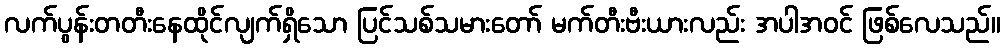
လက်ပွန်းတတီးနေထိုင်လျက်ရှိသော ပြင်သစ်သမားတော် မက်တီးဗီးယားလည်း အပါအဝင် ဖြစ်လေသည်။